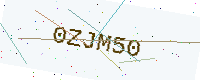
Text: 0ZJM50